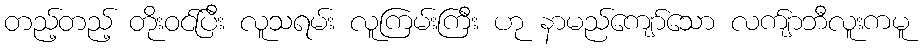
တည့်တည့် တိုးဝင်ပြီး လူသရမ်း လူကြမ်းကြီး ဟု နာမည်ကျော်သော လက်ျာဘီလူးကမူ